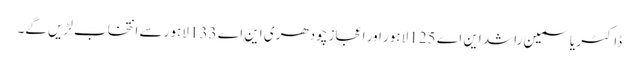
ڈاکٹر یاسمین راشد این اے 125 لاہور اور اعجاز چودھری این اے 133 لاہور سے انتخاب لڑیں گے۔